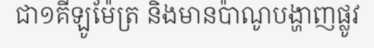
ជា១គីឡូម៉ែត្រ និងមានប៉ាណូបង្ហាញផ្លូវ